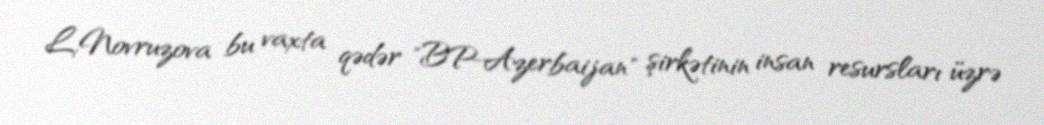
L.Novruzova bu vaxta qədər "BP-Azerbaijan" şirkətinin insan resursları üzrə